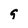
Character: g